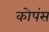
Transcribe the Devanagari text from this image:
कोपंस